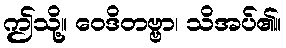
ဤသို့။ ဝေဒိတဗ္ဗာ၊ သိအပ်၏။